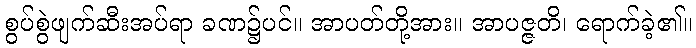
စွပ်စွဲဖျက်ဆီးအပ်ရာ ခဏ၌ပင်။ အာပတ်တို့အား။ အာပဇ္ဇတိ၊ ရောက်ခဲ့၏။